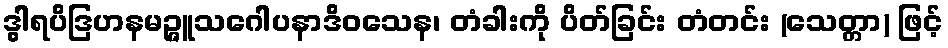
ဒွါရပိဒြဟနမဉ္ဇူသဂေါပနာဒိဝသေန၊ တံခါးကို ပိတ်ခြင်း တံတင်း (သေတ္တာ) ဖြင့်